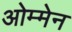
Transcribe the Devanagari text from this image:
ओम्मेन